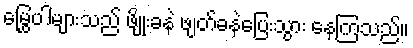
မြွှေပါများသည် ဖျိုးခနဲ ဖျတ်ခနဲပြေးသွား နေကြသည်။